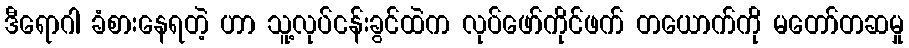
ဒီရောဂါ ခံစားနေရတဲ့ ဟာ သူ့လုပ်ငန်းခွင်ထဲက လုပ်ဖော်ကိုင်ဖက် တယောက်ကို မတော်တဆမှု